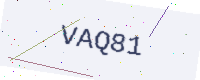
Text: VAQ81